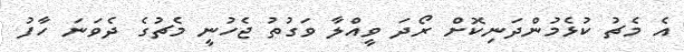
އެ މެޗު ކުޅެމުންދަނިކޮށް ރޯދަ ވީއްލާ ވަގުތު ޖެހުނީ މެޗުގެ ދެވަނަ ހާފު